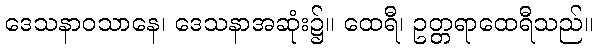
ဒေသနာဝသာနေ၊ ဒေသနာအဆုံး၌။ ထေရီ၊ ဥတ္တရာထေရီသည်။